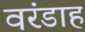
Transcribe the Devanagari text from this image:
वरंडाह